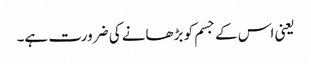
یعنی اس کے جسم کو بڑھانے کی ضرورت ہے۔